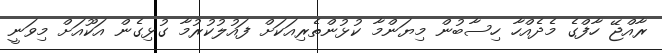
ރާއްޖޭ ހާފްގެ މެދެއްހާ ހިސާބުން މިޔަންމާ ކުޅުންތެރިއަކަށް ފައުލުކުރުމާ ގުޅިގެން އަކޫއަށް މިވަނީ